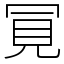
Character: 𧠊